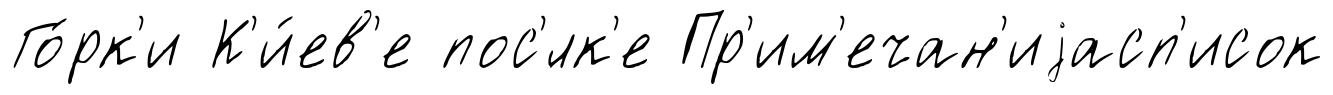
Го́рк'и К'и́ев'е пос'́лк'е Пр'им'ечан'иjасп'исок